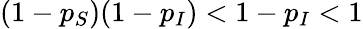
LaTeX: (1-p_{S})(1-p_{I})<1-p_{I}<1